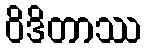
ဝိဒိတာဿ